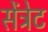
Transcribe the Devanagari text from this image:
सेंट्रेट